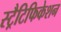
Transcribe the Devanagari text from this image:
स्ट्रैटिफिकेशन